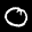
Label: 0